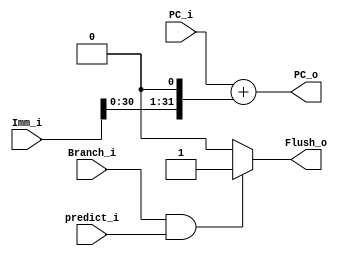
module  Branch
(
    Branch_i,
    predict_i,
    Imm_i,
    PC_i,
    Flush_o,
    PC_o
);

input           Branch_i;
input           predict_i;
input   [31:0]  Imm_i;
input   [31:0]  PC_i;
output          Flush_o;
output  [31:0]  PC_o;

reg     Flush_o;

assign PC_o = PC_i + (Imm_i << 1);

always@(Branch_i or predict_i)begin
    Flush_o = 1'b0;
    if(Branch_i && predict_i)begin
        Flush_o = 1'b1;
    end
end

endmodule